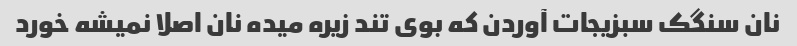
نان سنگک سبزیجات آوردن که بوی تند زیره میده نان اصلا نمیشه خورد